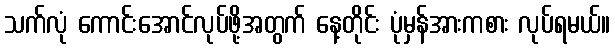
သက်လုံ ကောင်းအောင်လုပ်ဖို့အတွက် နေ့တိုင်း ပုံမှန်အားကစား လုပ်ရမယ်။